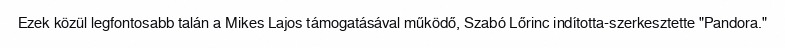
Ezek közül legfontosabb talán a Mikes Lajos támogatásával működő, Szabó Lőrinc indította-szerkesztette "Pandora."